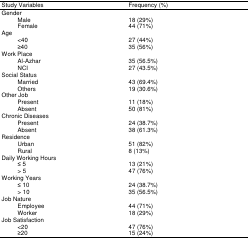
| Study Variables | Frequency (%) |
 | --- | --- |
 | Gender |  |
 | Male | 18 (29%) |
 | Female | 44 (71%) |
 | Age |  |
 | <40 | 27 (44%) |
 | ≥40 | 35 (56%) |
 | Work Place |  |
 | Al-Azhar | 35 (56.5%) |
 | NCI | 27 (43.5%) |
 | Social Status |  |
 | Married | 43 (69.4%) |
 | Others | 19 (30.6%) |
 | Other Job |  |
 | Present | 11 (18%) |
 | Absent | 50 (81%) |
 | Chronic Diseases |  |
 | Present | 24 (38.7%) |
 | Absent | 38 (61.3%) |
 | Residence |  |
 | Urban | 51 (82%) |
 | Rural | 8 (13%) |
 | Daily Working Hours |  |
 | ≤ 5 | 13 (21%) |
 | > 5 | 47 (76%) |
 | Working Years |  |
 | ≤ 10 | 24 (38.7%) |
 | > 10 | 35 (56.5%) |
 | Job Nature |  |
 | Employee | 44 (71%) |
 | Worker | 18 (29%) |
 | Job Satisfaction |  |
 | <20 | 47 (76%) |
 | ≥20 | 15 (24%) |